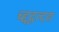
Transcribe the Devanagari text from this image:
च्द्दद्वत्दद्य